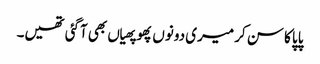
پاپا کا سن کر میری دونوں پھوپھیاں بھی آگئی تھیں۔